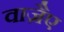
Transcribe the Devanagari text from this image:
वाजै़ए